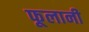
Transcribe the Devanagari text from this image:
फूलानी